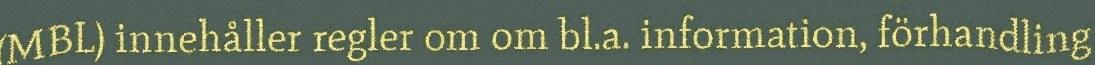
(MBL) innehåller regler om om bl.a. information, förhandling